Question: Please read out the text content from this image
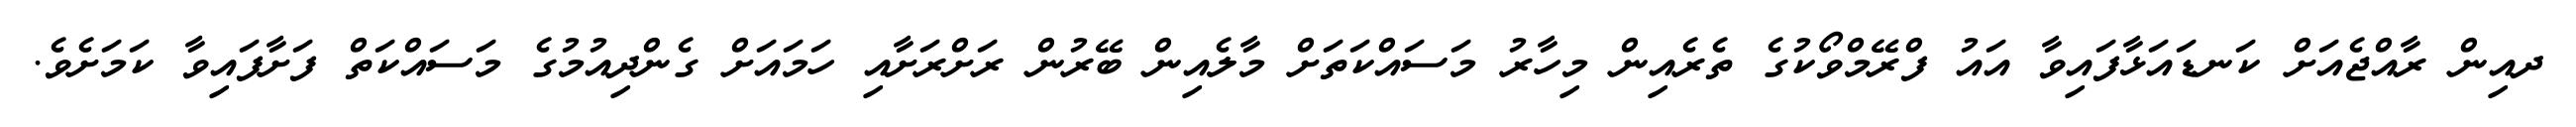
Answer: ދއިން ރާއްޖެއަށް ކަނޑައަޅާފައިވާ އައު ފްރޭމްވޯކުގެ ތެރެއިން މިހާރު މަސައްކަތަށް މާލެއިން ބޭރުން ރަށްރަށާއި ހަމައަށް ގެންދިއުމުގެ މަސައްކަތް ފަށާފައިވާ ކަމަށެވެ.